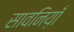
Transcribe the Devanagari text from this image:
सावनिय़ाँ